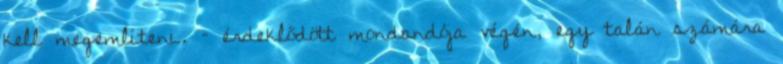
kell megemlíteni. – érdeklődött mondandója végén, egy talán számára